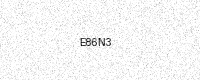
Text: E86N3